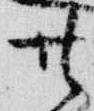
廿